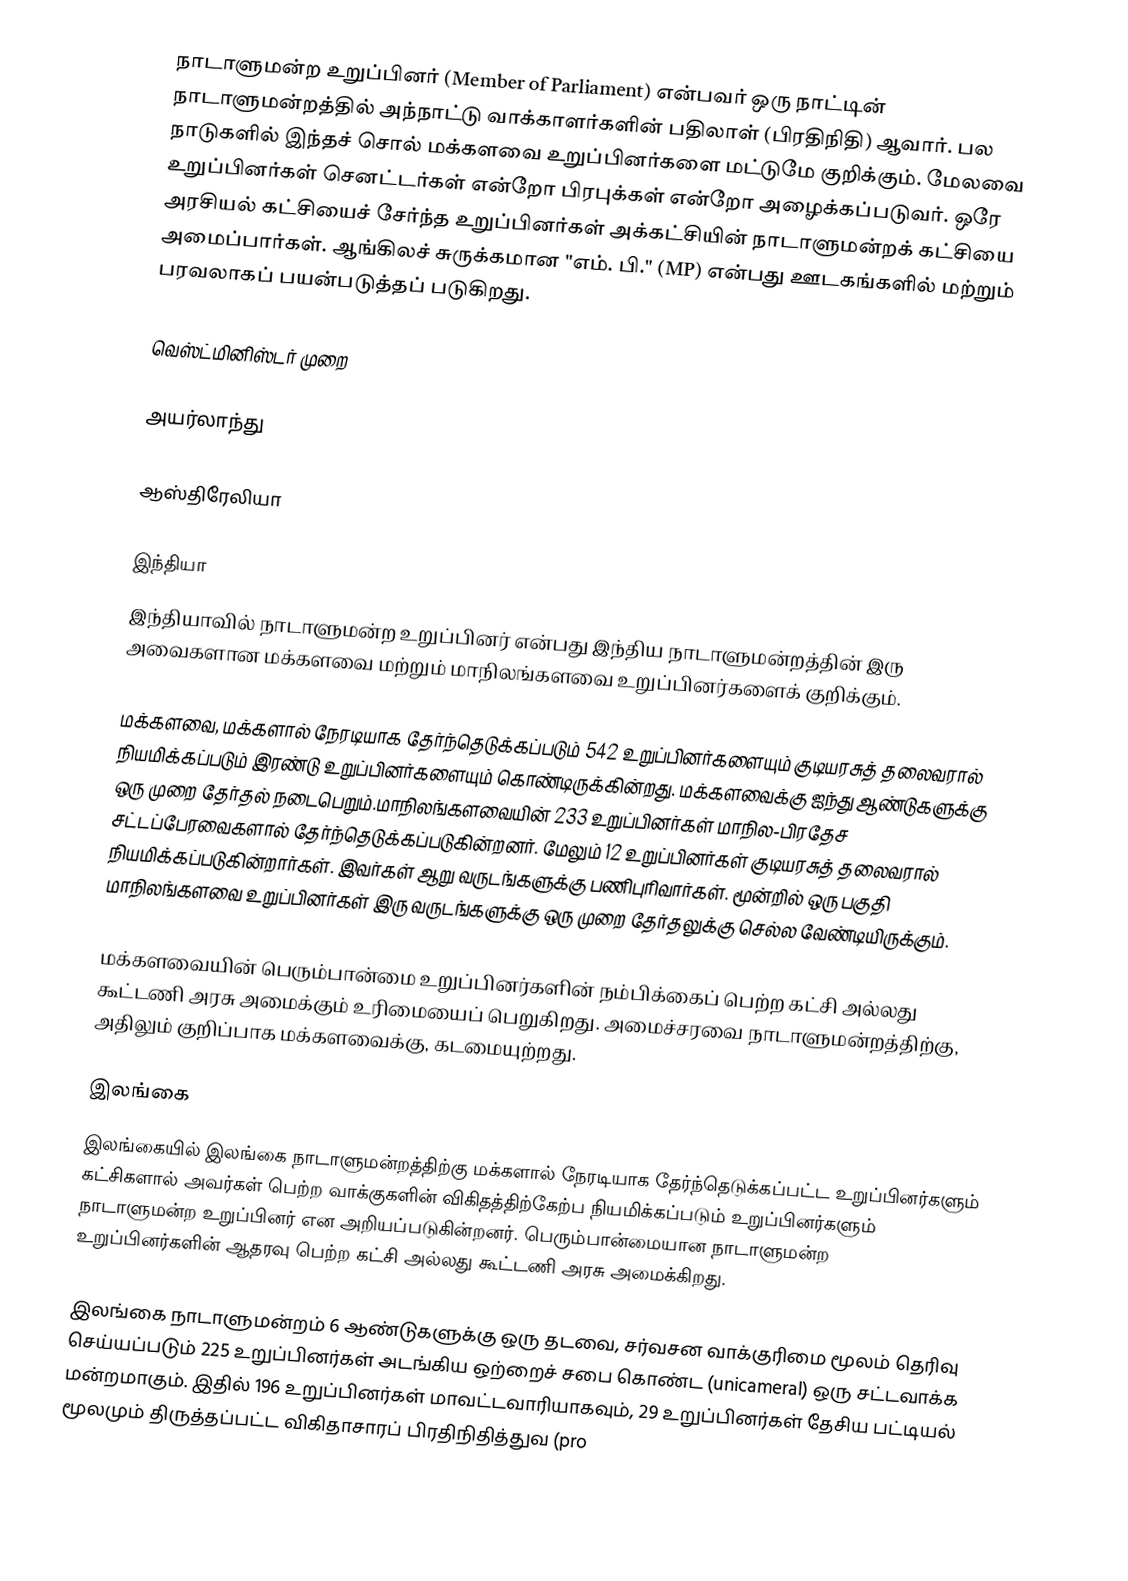
நாடாளுமன்ற உறுப்பினர் (Member of  Parliament) என்பவர் ஒரு நாட்டின் நாடாளுமன்றத்தில் அந்நாட்டு வாக்காளர்களின் பதிலாள் (பிரதிநிதி) ஆவார். பல நாடுகளில் இந்தச் சொல் மக்களவை உறுப்பினர்களை மட்டுமே குறிக்கும். மேலவை உறுப்பினர்கள் செனட்டர்கள் என்றோ பிரபுக்கள் என்றோ அழைக்கப்படுவர். ஒரே அரசியல் கட்சியைச் சேர்ந்த உறுப்பினர்கள் அக்கட்சியின் நாடாளுமன்றக் கட்சியை அமைப்பார்கள். ஆங்கிலச் சுருக்கமான "எம். பி." (MP) என்பது ஊடகங்களில் மற்றும் பரவலாகப் பயன்படுத்தப் படுகிறது.

வெஸ்ட்மினிஸ்டர் முறை

அயர்லாந்து

ஆஸ்திரேலியா

இந்தியா
இந்தியாவில்  நாடாளுமன்ற உறுப்பினர் என்பது இந்திய நாடாளுமன்றத்தின் இரு அவைகளான மக்களவை மற்றும் மாநிலங்களவை உறுப்பினர்களைக் குறிக்கும்.

மக்களவை, மக்களால் நேரடியாக தேர்ந்தெடுக்கப்படும் 542 உறுப்பினர்களையும்  குடியரசுத் தலைவரால் நியமிக்கப்படும் இரண்டு உறுப்பினர்களையும்  கொண்டிருக்கின்றது.  மக்களவைக்கு ஐந்து ஆண்டுகளுக்கு ஒரு முறை தேர்தல் நடைபெறும்.மாநிலங்களவையின் 233 உறுப்பினர்கள் மாநில-பிரதேச சட்டப்பேரவைகளால்  தேர்ந்தெடுக்கப்படுகின்றனர்.  மேலும் 12 உறுப்பினர்கள் குடியரசுத் தலைவரால்  நியமிக்கப்படுகின்றார்கள். இவர்கள் ஆறு வருடங்களுக்கு பணிபுரிவார்கள்.   மூன்றில் ஒரு பகுதி மாநிலங்களவை உறுப்பினர்கள் இரு வருடங்களுக்கு ஒரு முறை  தேர்தலுக்கு செல்ல வேண்டியிருக்கும்.

மக்களவையின் பெரும்பான்மை உறுப்பினர்களின் நம்பிக்கைப் பெற்ற கட்சி அல்லது கூட்டணி அரசு அமைக்கும் உரிமையைப் பெறுகிறது. அமைச்சரவை நாடாளுமன்றத்திற்கு, அதிலும் குறிப்பாக மக்களவைக்கு, கடமையுற்றது.

இலங்கை
இலங்கையில் இலங்கை நாடாளுமன்றத்திற்கு மக்களால் நேரடியாக தேர்ந்தெடுக்கப்பட்ட  உறுப்பினர்களும் கட்சிகளால் அவர்கள் பெற்ற வாக்குகளின் விகிதத்திற்கேற்ப நியமிக்கப்படும் உறுப்பினர்களும் நாடாளுமன்ற உறுப்பினர்  என அறியப்படுகின்றனர். பெரும்பான்மையான நாடாளுமன்ற உறுப்பினர்களின் ஆதரவு பெற்ற கட்சி அல்லது கூட்டணி அரசு அமைக்கிறது.

இலங்கை நாடாளுமன்றம் 6 ஆண்டுகளுக்கு ஒரு தடவை, சர்வசன  வாக்குரிமை மூலம் தெரிவு செய்யப்படும் 225 உறுப்பினர்கள் அடங்கிய ஒற்றைச் சபை கொண்ட (unicameral) ஒரு சட்டவாக்க மன்றமாகும். இதில் 196 உறுப்பினர்கள்  மாவட்டவாரியாகவும், 29 உறுப்பினர்கள் தேசிய பட்டியல் மூலமும் திருத்தப்பட்ட  விகிதாசாரப் பிரதிநிதித்துவ (pro